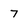
Character: 7